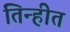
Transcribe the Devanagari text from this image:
तिन्हीत